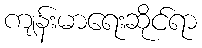
ကျန်းမာရေးဆိုင်ရာ